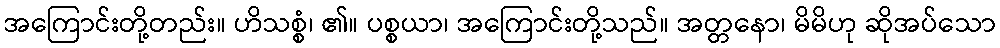
အကြောင်းတို့တည်း။ ဟိသစ္စံ၊ ၏။ ပစ္စယာ၊ အကြောင်းတို့သည်။ အတ္တနော၊ မိမိဟု ဆိုအပ်သော